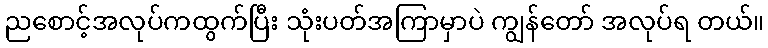
ညစောင့်အလုပ်ကထွက်ပြီး သုံးပတ်အကြာမှာပဲ ကျွန်တော် အလုပ်ရ တယ်။